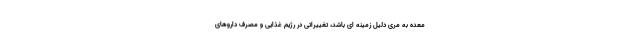
معده به مری دلیل زمینه ای باشد، تغییراتی در رژیم غذایی و مصرف داروهای